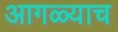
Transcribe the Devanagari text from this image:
आगळ्याच